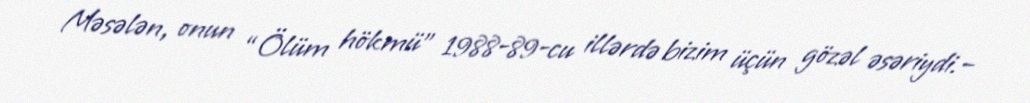
Məsələn, onun “Ölüm hökmü” 1988-89-cu illərdə bizim üçün gözəl əsəriydi.–